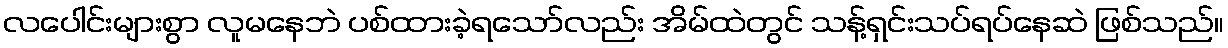
လပေါင်းများစွာ လူမနေဘဲ ပစ်ထားခဲ့ရသော်လည်း အိမ်ထဲတွင် သန့်ရှင်းသပ်ရပ်နေဆဲ ဖြစ်သည်။